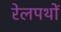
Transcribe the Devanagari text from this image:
रेलपथों